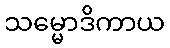
သမ္မောဒိကာယ